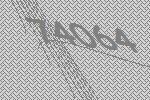
74064